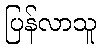
ပြန်လာသူ